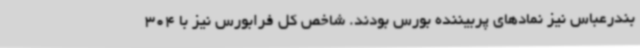
بندرعباس نیز نمادهای پربیننده بورس بودند. شاخص کل فرابورس نیز با 304